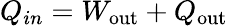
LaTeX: Q_{in}=W_{\mathrm{{out}}}+Q_{\mathrm{{out}}}